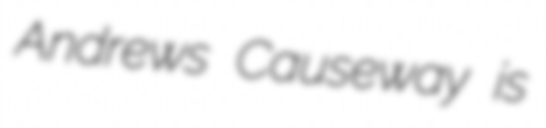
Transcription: Andrews Causeway is